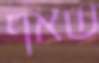
שאף